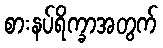
စားနပ်ရိက္ခာအတွက်